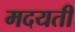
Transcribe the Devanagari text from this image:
मदयती